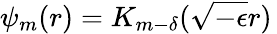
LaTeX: \psi_{m}(r)=K_{m-\delta}(\sqrt{-\epsilon}r)\,